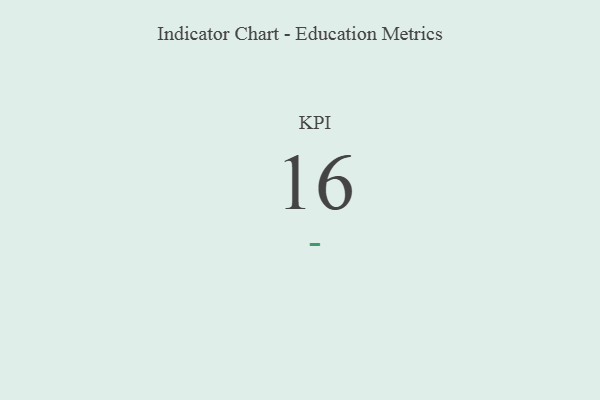
{"axis": {"x": "KPI", "y": "Value"}, "legend": [""], "data": [{"x": "KPI", "y": 16, "type": ""}]}